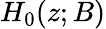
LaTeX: H_{0}(z;B)